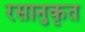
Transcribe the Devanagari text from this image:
रसानुकृत